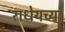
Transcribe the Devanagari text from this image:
राधेयच्या